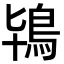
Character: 鴇